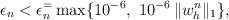
LaTeX: \begin{align*}\epsilon_n< \epsilon_n^ = \max\{10^{-6},~10^{-6}\,\|w_h^n\|_1\},\end{align*}